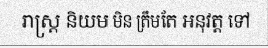
រាស្ត្រ និយម មិន ត្រឹមតែ អនុវត្ត ទៅ